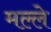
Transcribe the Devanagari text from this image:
मल्ले